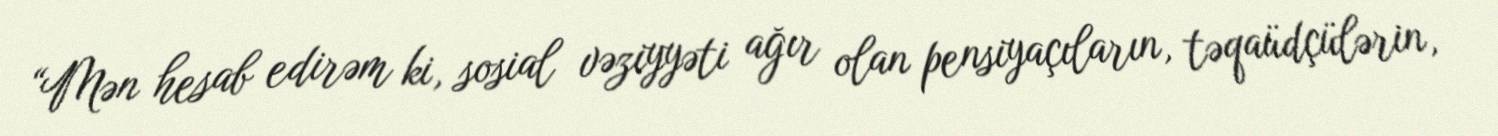
“Mən hesab edirəm ki, sosial vəziyyəti ağır olan pensiyaçıların, təqaüdçülərin,